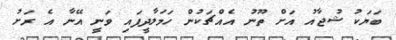
ބަޔަކު ޝުޖާއު އަށް ތޫނު އެއްޗަކުން ހަމަލާދީފައި ވަނީ އޭނާ އެ ރަށު